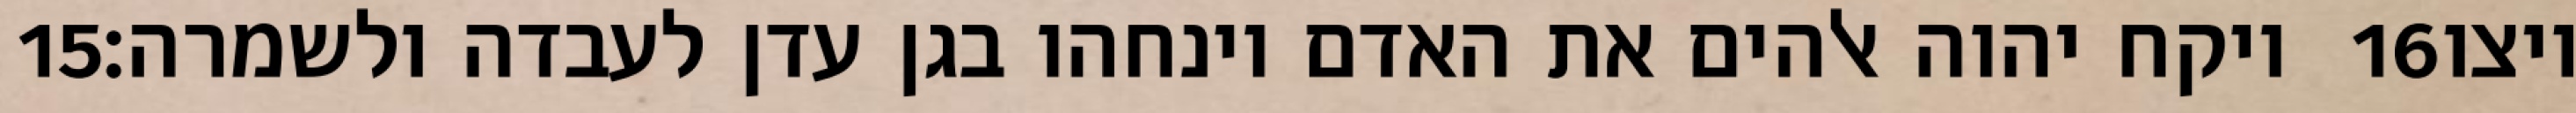
‎15‏ ויקח יהוה אלהים את האדם וינחהו בגן עדן לעבדה ולשמרה׃ ‎16‏ ויצו